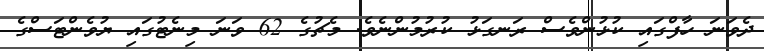
ދެވަނަ ހާފްގައި ކުޅުންވެސް ރަނގަޅު ކުރުމުންނެވެ. މެޗުގެ 62 ވަނަ މިނެޓުގައި ޔުވެންޓަސްގެ